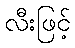
လီးဖြင့်